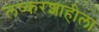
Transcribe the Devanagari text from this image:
लष्करशाहीला